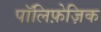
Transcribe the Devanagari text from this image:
पॉलिफ़ेज़िक